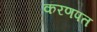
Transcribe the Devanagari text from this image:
करणपत